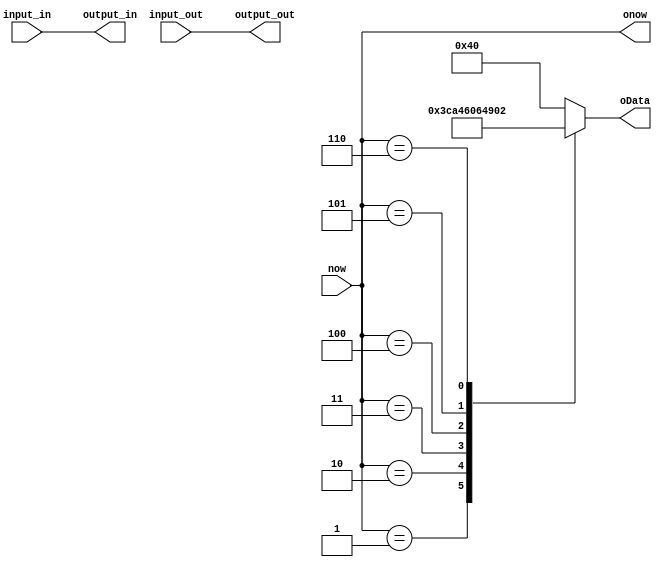
module output_module(now,input_in,input_out,oData,output_in,output_out,onow);
    input [2:0] now;//
    input [5:0] input_in;
    input [9:0] input_out;

    output reg [6:0] oData;
    output reg [5:0] output_in;
    output reg [9:0] output_out;
    output reg [2:0] onow;

    always @(*) 
    begin
        onow=now;
        output_in=input_in;
        output_out=input_out; 
        case(now)
        3'b001:oData=7'b1111001;
        3'b010:oData=7'b0100100;
        3'b011:oData=7'b0110000;
        3'b100:oData=7'b0011001;
        3'b101:oData=7'b0010010;
        3'b110:oData=7'b0000010;
        default:oData=7'b1000000;
        endcase
    end

endmodule